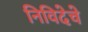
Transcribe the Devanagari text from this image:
निविदेचे